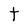
Character: t